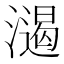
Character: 𣿌